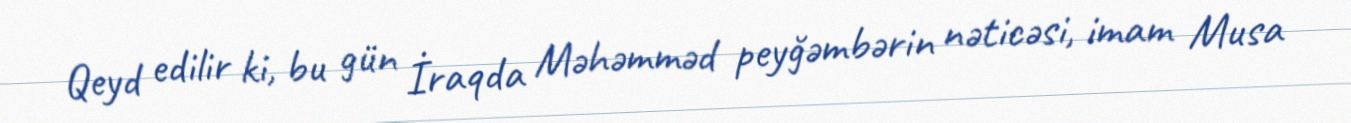
Qeyd edilir ki, bu gün İraqda Məhəmməd peyğəmbərin nəticəsi, imam Musa